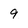
Character: 9